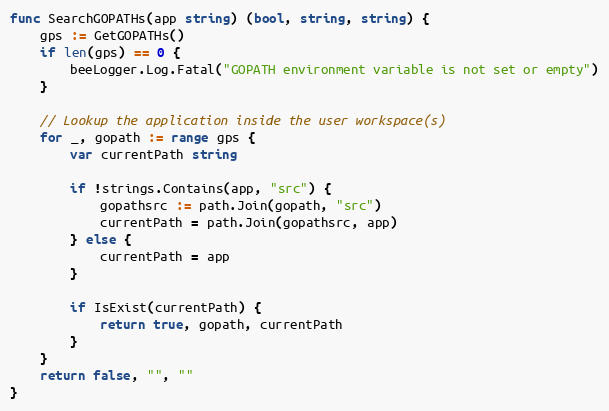
Language: Go
func SearchGOPATHs(app string) (bool, string, string) {
	gps := GetGOPATHs()
	if len(gps) == 0 {
		beeLogger.Log.Fatal("GOPATH environment variable is not set or empty")
	}

	// Lookup the application inside the user workspace(s)
	for _, gopath := range gps {
		var currentPath string

		if !strings.Contains(app, "src") {
			gopathsrc := path.Join(gopath, "src")
			currentPath = path.Join(gopathsrc, app)
		} else {
			currentPath = app
		}

		if IsExist(currentPath) {
			return true, gopath, currentPath
		}
	}
	return false, "", ""
}